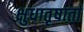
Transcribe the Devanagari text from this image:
क्षुधातृषार्ता